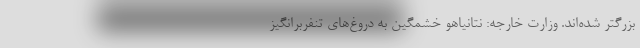
بزرگتر شده‌اند. وزارت خارجه: نتانیاهو خشمگین به دروغ‌های تنفربرانگیز